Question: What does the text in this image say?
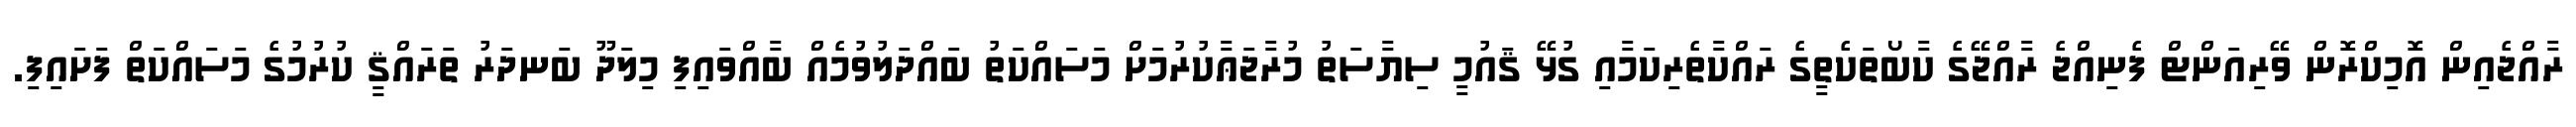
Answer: ރާއްޖެއިން އޮމިކްރޮން ވޭރިއަންޓް ފެނިއްޖެ ރާއްޖޭގެ ކާބޯތަކެތީގެ ރައްކާތެރިކަމާއި ގުޅޭ ޤައުމީ ސިޔާސަތު މުރާޖަޢާކުރުމަށް މަސައްކަތު ބައްދަލުވުމެއް ބާއްވައިފި މިލަދޫ ބަނދަރު ތަރައްޤީ ކުރުމުގެ މަސައްކަތް ފަށައިފި.